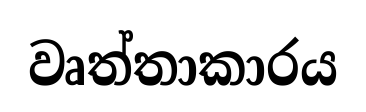
වෘත්තාකාරය